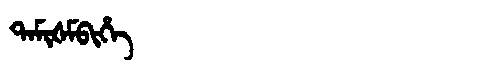
Manchu: ᡨᠠᠮᡳᡧᠮᠪᡳᡥᡝ
Romanization: TAMIŠMBIHE